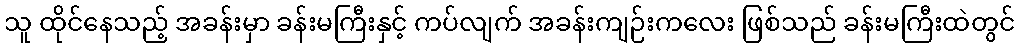
သူ ထိုင်နေသည့် အခန်းမှာ ခန်းမကြီးနှင့် ကပ်လျက် အခန်းကျဉ်းကလေး ဖြစ်သည် ခန်းမကြီးထဲတွင်